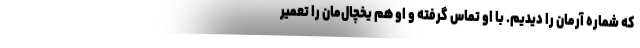
که شماره آرمان را دیدیم. با او تماس گرفته و او هم یخچال‌مان را تعمیر